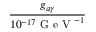
\frac { g _ { a \gamma } } { 1 0 ^ { - 1 7 } \textrm { G e V } ^ { - 1 } }